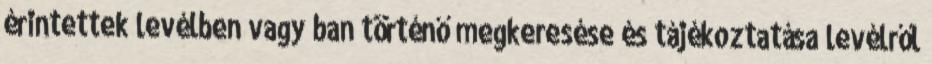
érintettek levélben vagy ban történő megkeresése és tájékoztatása levélről